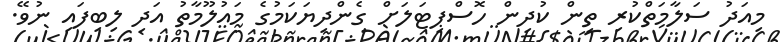
މިއަދު ސަލާމަތްކުރި ތިން ކުދިން ހޮސްޕިޓަލަށް ގެންދިޔަކަމުގެ މައުލޫމާތު އަދި ލިބިފައި ނުވޭ.